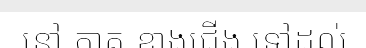
នៅ ភាគ ខាងជើង ទៅដល់